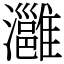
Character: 灉